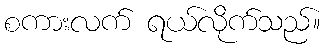
စကားလက် ရယ်လိုက်သည်။